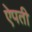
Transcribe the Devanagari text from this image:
ऐपती